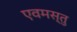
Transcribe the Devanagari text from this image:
एवमस्तु